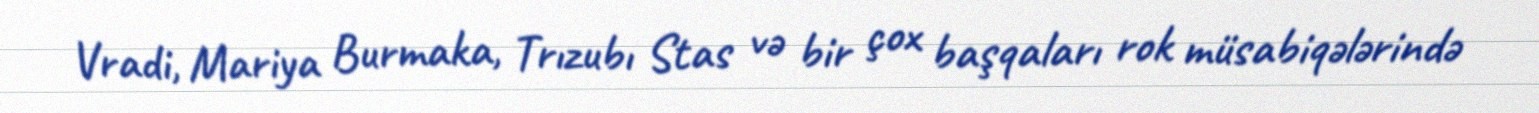
Vradi, Mariya Burmaka, Trızubı Stas və bir çox başqaları rok müsabiqələrində